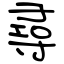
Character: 尋